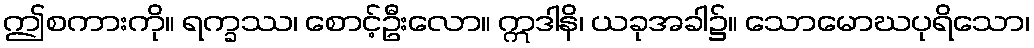
ဤစကားကို။ ရက္ခဿ၊ စောင့်ဦးလော။ ဣဒါနိ၊ ယခုအခါ၌။ သောမောဃပုရိသော၊